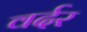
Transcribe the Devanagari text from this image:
वर्दर